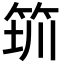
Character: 𥭃